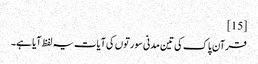
[15]
قرآن پاک کی تین مدنی سورتوں کی آیات یہ لفظ آیا ہے۔